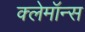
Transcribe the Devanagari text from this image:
क्लेमॉन्स